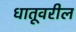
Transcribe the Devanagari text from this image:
धातूवरील